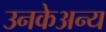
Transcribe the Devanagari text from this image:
उनकेअन्य